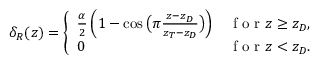
\delta _ { R } ( z ) = \left\{ \begin{array} { l l } { \frac { \alpha } { 2 } \left( 1 - \cos \big ( \pi \frac { z - z _ { D } } { z _ { T } - z _ { D } } \big ) \right) } & { \mathrm { ~ f ~ o ~ r ~ } z \geq z _ { D } , } \\ { 0 } & { \mathrm { ~ f ~ o ~ r ~ } z < z _ { D } . } \end{array} \right.